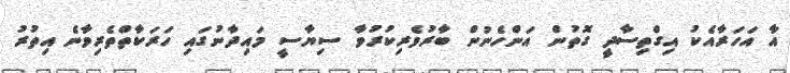
އާ އަހަރާއެކު އިގްތިސާދީ ގޮތުން އަންހެނުން ބާރުވެރިކުރުވާ ސިޔާސީ މައިދާނުގައި ހަރަކާތްތެރިވާނެ އިތުރު